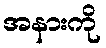
အနားကို